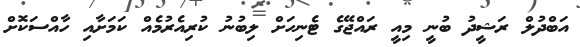
އަބްދުލް ރަޝީދު ބުނީ މިއީ ރައްޖޭގެ ޓެނިހަށް ލިބުނު ކުރިއެރުމެއް ކަމަށާއި ހާއްސަކޮށް